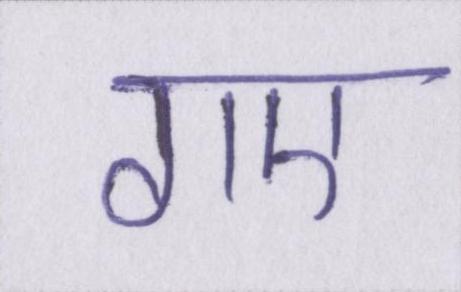
गए